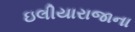
ઇલીયારાજાના